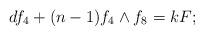
LaTeX: \begin{align*} df_4+(n-1)f_4\wedge f_8 =kF;\end{align*}